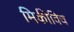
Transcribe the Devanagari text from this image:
मिकीविच